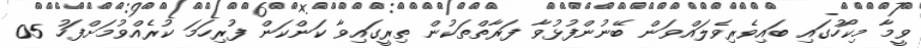
ވީމާ މިކޯހުގައި ބައިވެރިވެލައްވަން ބޭނުންފުޅުވާ ފަރާތްތަކުން ތިރީގައިވާ ކަންކަން ފުރިހަމަ ކުރެއްވުމަށްފަހު 05